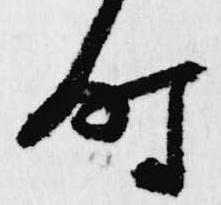
時